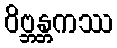
ဝိဗ္ဘန္တကဿ